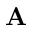
{ \bf A }